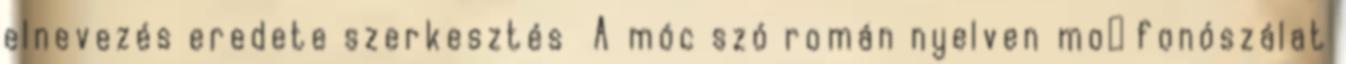
elnevezés eredete szerkesztés A móc szó román nyelven moț fonószálat